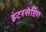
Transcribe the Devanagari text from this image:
इंटरसेप्टिंग